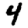
Digit: 4